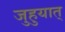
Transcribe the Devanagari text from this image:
जुहुयात्‌